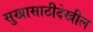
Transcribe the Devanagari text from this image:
सुखासाठीदेखील